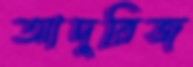
আদুরিজ